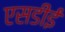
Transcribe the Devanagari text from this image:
एसडीई